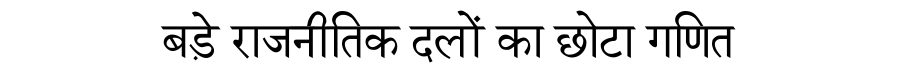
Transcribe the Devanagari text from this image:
बड़े राजनीतिक दलों का छोटा गणित